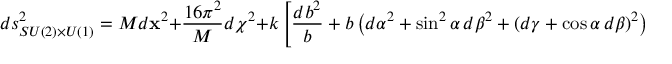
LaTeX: d s _ { S U ( 2 ) \times U ( 1 ) } ^ { 2 } = M d { \bf x } ^ { 2 } + { \frac { 1 6 \pi ^ { 2 } } { M } } d \chi ^ { 2 } + k \left[ { \frac { d b ^ { 2 } } { b } } + b \left( d \alpha ^ { 2 } + \sin ^ { 2 } \alpha \, d \beta ^ { 2 } + ( d \gamma + \cos \alpha \, d \beta ) ^ { 2 } \right) \right]